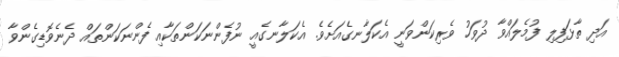
އަދި ތާޅަފިލި ފުމެލައްވާ ދުވަހު ވެރިކަންވަނީ އެކަލާނގެއަށެވެ. އެކަލާނގެއީ ނުފެންނަކަންތަކާއި ފެންނަކަންތައް ދެނެވޮޑިގެންވާ